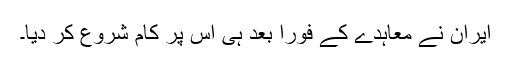
ایران نے معاہدے کے فوراً بعد ہی اس پر کام شروع کر دیا۔